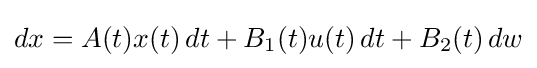
dx=A(t)x(t)\,dt+B_{1}(t)u(t)\,dt+B_{2}(t)\,dw